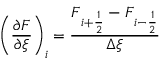
\left( \frac { \partial \boldsymbol { F } } { \partial \xi } \right) _ { i } = \frac { \boldsymbol { F } _ { i + \frac { 1 } { 2 } } - \boldsymbol { F } _ { i - \frac { 1 } { 2 } } } { \Delta \xi }